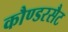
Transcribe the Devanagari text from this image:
कौण्डरसैट